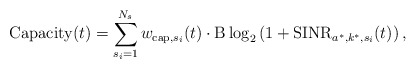
\begin{align*}\mathrm{Capacity}(t) = \sum_{s_i=1}^{N_s} w_{\mathrm{cap}, s_i}(t) \cdot \mathrm{B} \log_2\left(1+\mathrm{SINR}_{a^*,k^*,s_i}(t) \right),\end{align*}